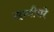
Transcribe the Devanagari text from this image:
न्हाणीघरे